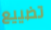
تضييع